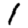
Digit: 1